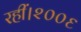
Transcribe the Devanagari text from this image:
रहीं।२००६